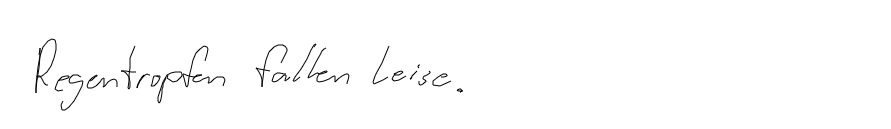
Regentropfen fallen leise.